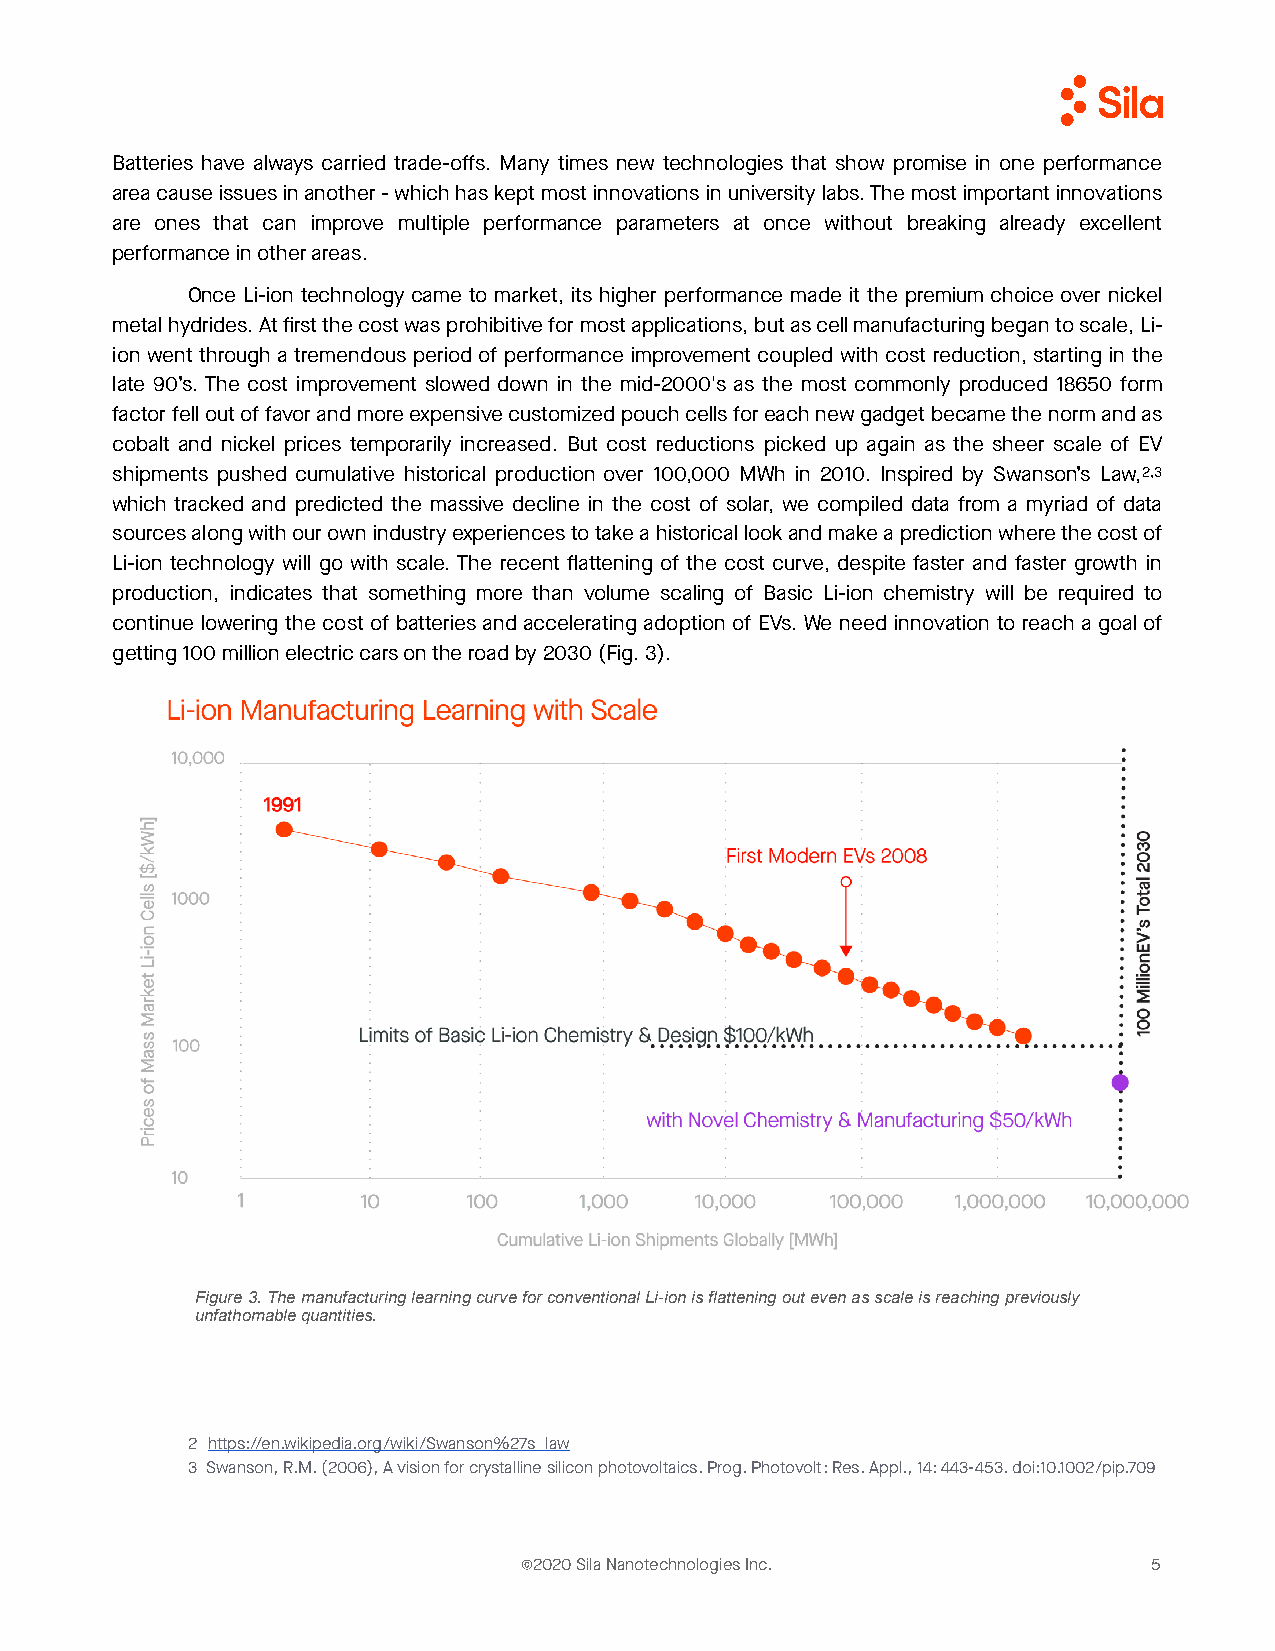
Batteries have always carried trade-offs. Many times new technologies that show promise in one performance
 area cause issues in another - which has kept most innovations in university labs. The most important innovations
 are ones that can improve multiple performance parameters at once without breaking already excellent
 performance in other areas.
 Once Li-ion technology came to market, its higher performance made it the premium choice over nickel
 metal hydrides. At first the cost was prohibitive for most applications, but as cell manufacturing began to scale, Li-
 ion went through a tremendous period of performance improvement coupled with cost reduction, starting in the
 late 90’s. The cost improvement slowed down in the mid-2000's as the most commonly produced 18650 form
 factor fell out of favor and more expensive customized pouch cells for each new gadget became the norm and as
 cobalt and nickel prices temporarily increased. But cost reductions picked up again as the sheer scale of EV
 shipments pushed cumulative historical production over 100,000 MWh in 2010. Inspired by Swanson’s Law,2,3
 which tracked and predicted the massive decline in the cost of solar, we compiled data from a myriad of data
 sources along with our own industry experiences to take a historical look and make a prediction where the cost of
 Li-ion technology will go with scale. The recent flattening of the cost curve, despite faster and faster growth in
 production, indicates that something more than volume scaling of Basic Li-ion chemistry will be required to
 continue lowering the cost of batteries and accelerating adoption of EVs. We need innovation to reach a goal of
 getting 100 million electric cars on the road by 2030 (Fig. 3).
 Figure 3. The manufacturing learning curve for conventional Li-ion is flattening out even as scale is reaching previously
 unfathomable quantities.
 2 https://en.wikipedia.org/wiki/Swanson%27s_law
 3 Swanson, R.M. (2006), A vision for crystalline silicon photovoltaics. Prog. Photovolt: Res. Appl., 14: 443-453. doi:10.1002/pip.709
 ©2020 Sila Nanotechnologies Inc.          5